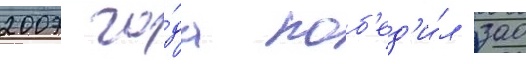
2007 го́да поб'ед'и́л зао